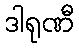
ဒါရုဏီ